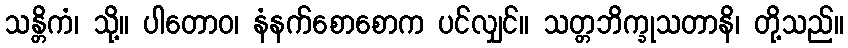
သန္တိကံ၊ သို့။ ပါတောဝ၊ နံနက်စောစောက ပင်လျှင်။ သတ္တဘိက္ခုသတာနိ၊ တို့သည်။